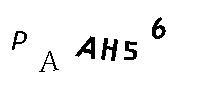
PAAH56